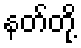
နတ်တို့